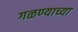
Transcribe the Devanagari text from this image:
गळण्याच्या